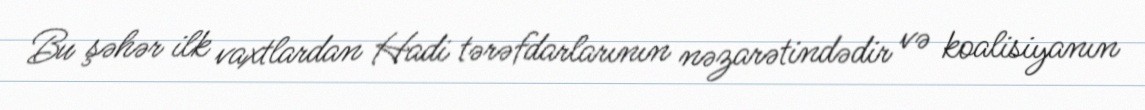
Bu şəhər ilk vaxtlardan Hadi tərəfdarlarının nəzarətindədir və koalisiyanın